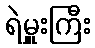
ရဲမှူးကြီး